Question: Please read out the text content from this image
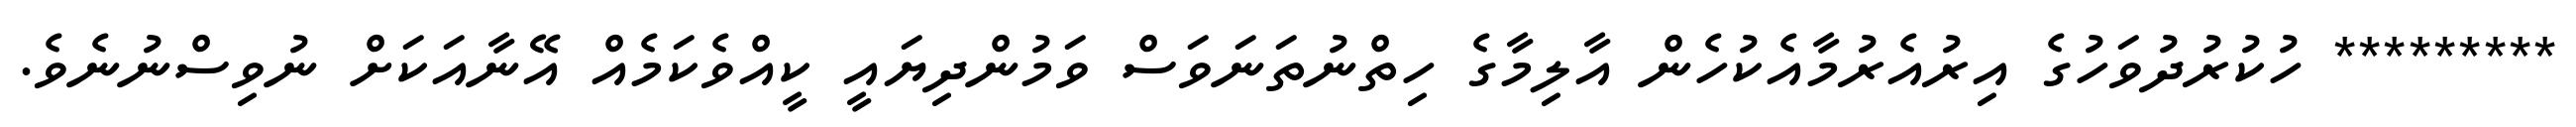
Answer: ********* ހުކުރުދުވަހުގެ އިރުއެރުމާއެކުހެން އާލިމާގެ ހިތްނުތަނަވަސް ވަމުންދިޔައީ ކީއްވެކަމެއް އޭނާއަކަށް ނުވިސްނުނެވެ.